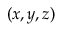
( x , y , z )